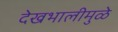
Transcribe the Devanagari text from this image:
देखभालीमुळे